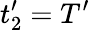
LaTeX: t_{2}^{\prime}=T^{\prime}